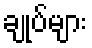
ချုပ်များ